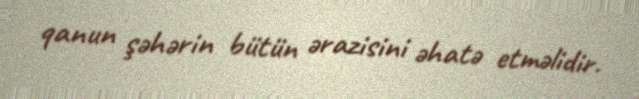
qanun şəhərin bütün ərazisini əhatə etməlidir.